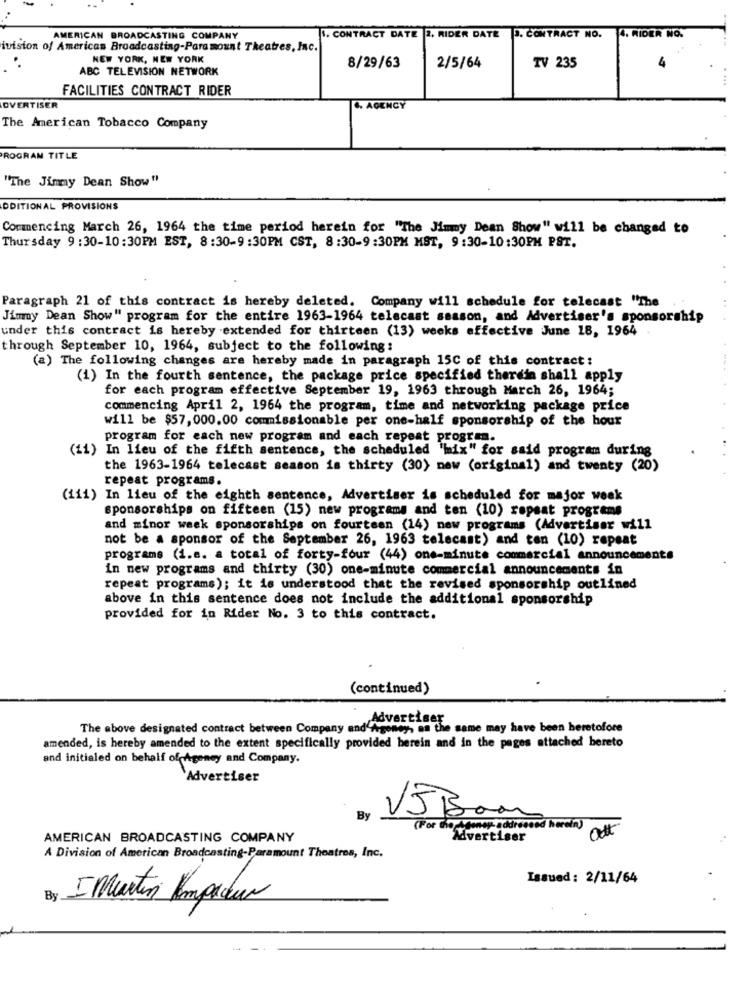
AMERICAN BROADCASTING COMPANY
1. CONTRACT DATE 2. RIDER DATE J. CONTRACT NO.
4. RIDER NO.
ivision of American Broadcasting-Paramount Theatres, Inc.
NEW YORK, NEW YORK
ABC TELEVISION NETWORK
8/29/63
2/5/64
TV 235
4
FACILITIES CONTRACT RIDER
OVERTISER
6. AGENCY
The American Tobacco Company
PROGRAM TITLE
"The Jimmy Dean Show"
DDITIONAL PROVISIONS
Commencing March 26, 1964 the time period herein for "The Jimmy Dean Show" will be changed to
Thursday 9:30-10:30PM EST, 8:30-9 :30PM CST, 8:30-9:30PM MST, 9:30-10:30PM PST.
Paragraph 21 of this contract is hereby deleted. Company will schedule for telecast "The
Jimmy Dean Show" program for the entire 1963-1964 telecast season, and Advertiser's sponsorship
under this contract is hereby extended for thirteen (13) weeks effective June 18, 1964
through September 10, 1964, subject to the following:
(a) The following changes are hereby made in paragraph 15C of this contract:
(1) In the fourth sentence, the package price specified therdin shall apply
for each program effective September 19, 1963 through March 26, 1964;
commencing April 2, 1964 the program, time and networking package price
will be $57, 000.00 commissionable per one-half sponsorship of the hour
program for each new program and each repeat program.
(11) In lieu of the fifth sentence, the scheduled 'mix" for said program during
the 1963-1964 telecast season is thirty (30) new (original) and twenty (20)
repeat programs.
(iii) In lieu of the eighth sentence, Advertiser is scheduled for major week
sponsorships on fifteen (15) new programs and ten (10) repsat programs
and minor week sponsorships on fourteen (14) new programs (Advertiser will
not be a sponsor of the September 26, 1963 telecast) and ten (10) repeat
programs (i.e. a total of forty-four (44) one-minute commercial announcements
in new programs and thirty (30) one-minute commercial announcements in
repeat programs); it is understood that the revised sponsorship outlined
above in this sentence does not include the additional sponsorship
provided for in Rider No. 3 to this contract.
(continued)
Advertiser
The above designated contract between Company and Agoney, as the same may have been heretofore
amended, is hereby amended to the extent specifically provided herein and in the pages attached bereto
and initialed on behalf of Agency and Company.
Advertiser
By
V5 Boa
(For The Ageney- addressed herein)
AMERICAN BROADCASTING COMPANY
Advertiser
A Division of American Broadcasting-Paramount Theatres, Inc.
Issued: 2/11/64
By
I Martin Impaceur